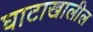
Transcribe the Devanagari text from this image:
घाटाखालील